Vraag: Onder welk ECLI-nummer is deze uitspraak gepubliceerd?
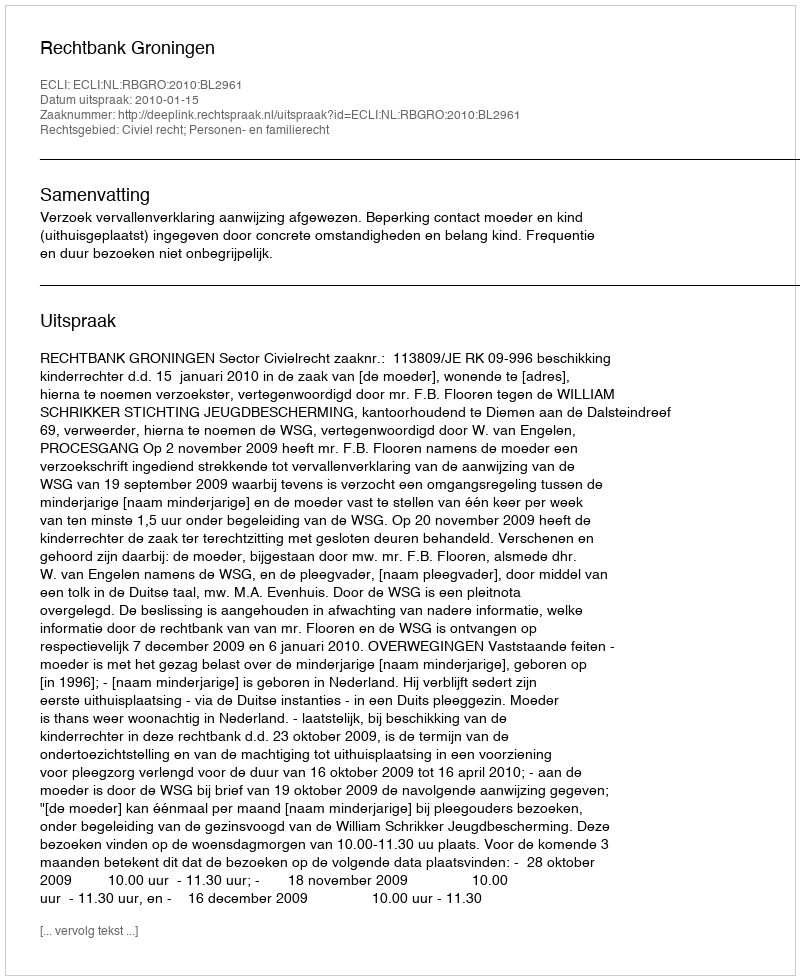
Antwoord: ECLI:NL:RBGRO:2010:BL2961